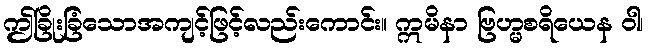
ဤခြိုးခြံသောအကျင့်ဖြင့်လည်းကောင်း။ ဣမိနာ ဗြဟ္မစရိယေန ဝါ၊